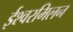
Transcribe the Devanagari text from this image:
ईश्वरमिलन